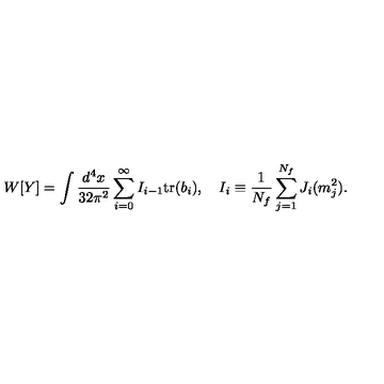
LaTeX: W [ Y ] = \int \frac { d ^ { 4 } x } { 3 2 \pi ^ { 2 } } \sum _ { i = 0 } ^ { \infty } I _ { i - 1 } \mathrm { t r } ( b _ { i } ) , \quad I _ { i } \equiv \frac { 1 } { N _ { f } } \sum _ { j = 1 } ^ { N _ { f } } J _ { i } ( m _ { j } ^ { 2 } ) .